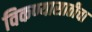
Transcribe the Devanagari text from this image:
विकण्यासाठीचा